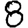
Digit: 8